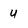
Character: U